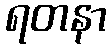
ရတနာ